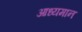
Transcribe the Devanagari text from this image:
आध्यमान